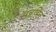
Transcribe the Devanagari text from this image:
सन्नहित